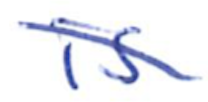
Text: is
Cross-out: diagonal
Writing tool: ballpoint